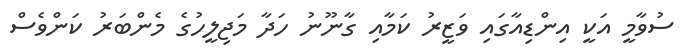
ސުވާމީ އަކީ އިންޑިއާގައި ވަޒީރު ކަމާއި ގާނޫނު ހަދާ މަޖިލީހުގެ މެންބަރު ކަންވެސް